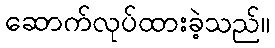
ဆောက်လုပ်ထားခဲ့သည်။